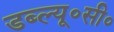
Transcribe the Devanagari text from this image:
डब्ल्यू॰सी॰